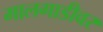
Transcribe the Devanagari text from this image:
मालगाडीवर